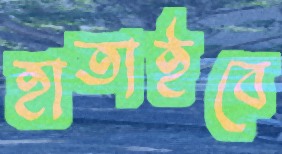
হাতাইবে